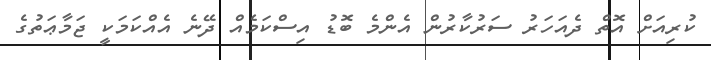
ކުރިއަށް އޮތް ދެއަހަރު ސަރުކާރުން އެންމެ ބޮޑު އިސްކަމެއް ދޭނެ އެއްކަމަކީ ޖަމާޢަތުގެ